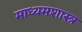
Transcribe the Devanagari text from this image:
माध्यमशास्त्र